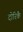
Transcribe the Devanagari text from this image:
दोरिकै